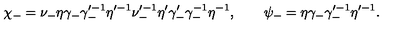
\chi _ { - } = \nu _ { - } \eta \gamma _ { - } \gamma _ { - } ^ { \prime - 1 } \eta ^ { \prime - 1 } \nu _ { - } ^ { \prime - 1 } \eta ^ { \prime } \gamma _ { - } ^ { \prime } \gamma _ { - } ^ { - 1 } \eta ^ { - 1 } , \qquad \psi _ { - } = \eta \gamma _ { - } \gamma _ { - } ^ { \prime - 1 } \eta ^ { \prime - 1 } .